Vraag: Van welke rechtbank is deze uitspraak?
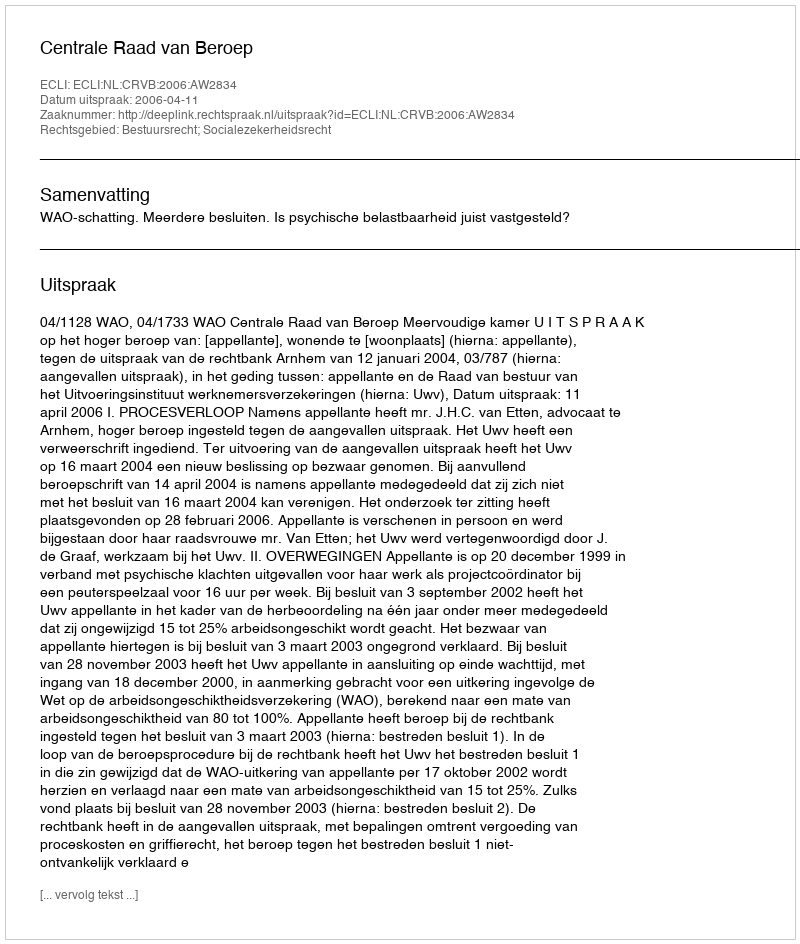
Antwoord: Centrale Raad van Beroep